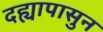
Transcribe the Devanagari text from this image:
दह्यापासुन